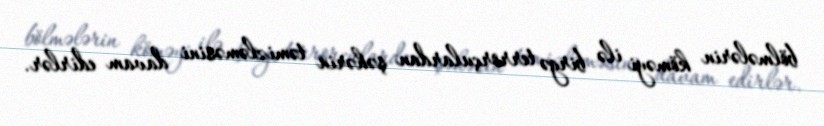
bölmələrin köməyi ilə birgə terrorçulardan şəhərin təmizləməsini davam edirlər.